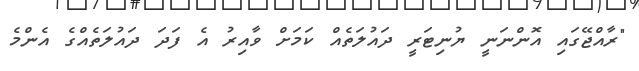
"ރާއްޖޭގައި އޮންނަނީ ޔުނިޓަރީ ދައުލަތެއް ކަމަށް ވާއިރު އެ ފަދަ ދައުލަތެއްގެ އެންމެ